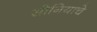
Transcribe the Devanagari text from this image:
सोनियाचे